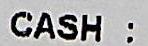
CASH :